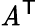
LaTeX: \mathit{A}^{\textsf{{T}}}